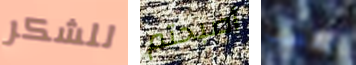
للشكر أصبحتم يلعب